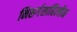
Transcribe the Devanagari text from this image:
निसर्गसाहित्यीक